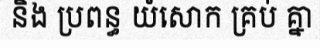
និង ប្រពន្ធ យំសោក គ្រប់ គ្នា